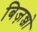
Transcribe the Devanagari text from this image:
बिज़न्जो